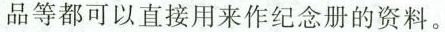
品等都可以直接用来作纪念册的资料。